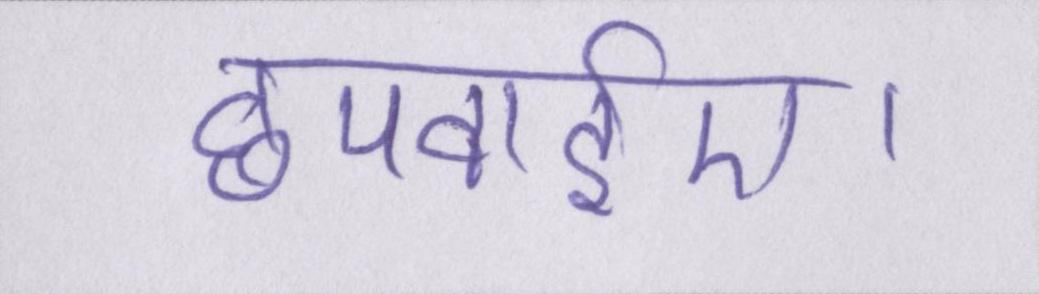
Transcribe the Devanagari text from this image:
छपवाईए।